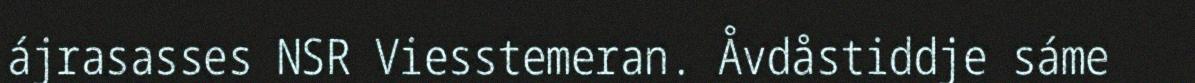
ájrasasses NSR Viesstemeran. Åvdåstiddje sáme